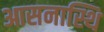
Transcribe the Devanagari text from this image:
आसनास्थि